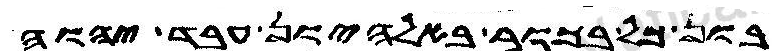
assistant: בון כל בכור ובאלהיון עבד יהוה